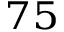
^ { 7 5 }